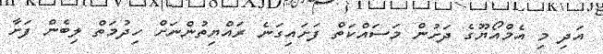
އަދި މި އެމްއޯޔޫގެ ދަށުން މަސައްކަތް ފަށައިގަނެ ރައްޔިތުންނަށް ހިދުމަތް ލިބެން ފަށާ